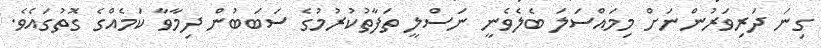
ގިނަ ދަރިވަރުންނަށް މިމައްސަލަ ބެލެވެނީ ނަސްލީ ތަފާތުކުރުމުގެ ސަބަބުން ދިމާވާ ކަމެއްގެ ގޮތުގައެވެ.